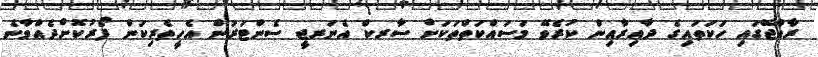
ރާއްޖޭގައި ހަކަތައިގެ ދާއިރާއިން ކުރެވޭ މަސައްކަތްތަކަށް ސާރކް އެނަރޖީ ސެންޓަރުން އެހީތެރިކަން ފޯރުކޮށްދެއްވާނެ